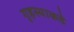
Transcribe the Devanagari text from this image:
गृहस्थाकडे